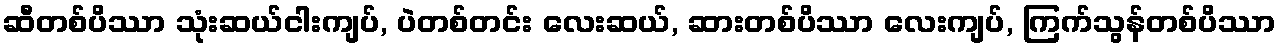
ဆီတစ်ပိဿာ သုံးဆယ်ငါးကျပ်, ပဲတစ်တင်း လေးဆယ်, ဆားတစ်ပိဿာ လေးကျပ်, ကြက်သွန်တစ်ပိဿာ